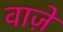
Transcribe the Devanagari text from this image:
वाज़े